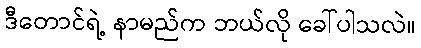
ဒီတောင်ရဲ့ နာမည်က ဘယ်လို ခေါ်ပါသလဲ။